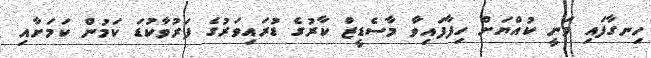
ހިނގާފައި ވަނީ ކުއްޔަށް ހިފާފައިވާ މާސެޑީޒް ކާރުގެ ޑުރައިވަރުގެ ފަރުވާކުޑަ ކަމުން ކަމަށާއި